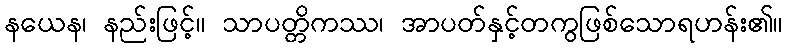
နယေန၊ နည်းဖြင့်။ သာပတ္တိကဿ၊ အာပတ်နှင့်တကွဖြစ်သောရဟန်း၏။